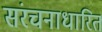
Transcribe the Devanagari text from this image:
संरचनाधारित